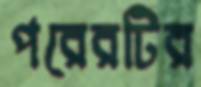
পরেরটির